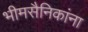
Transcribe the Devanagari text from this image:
भीमसैनिकांना